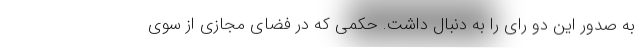
به صدور این دو رای را به دنبال داشت. حکمی که در فضای مجازی از سوی